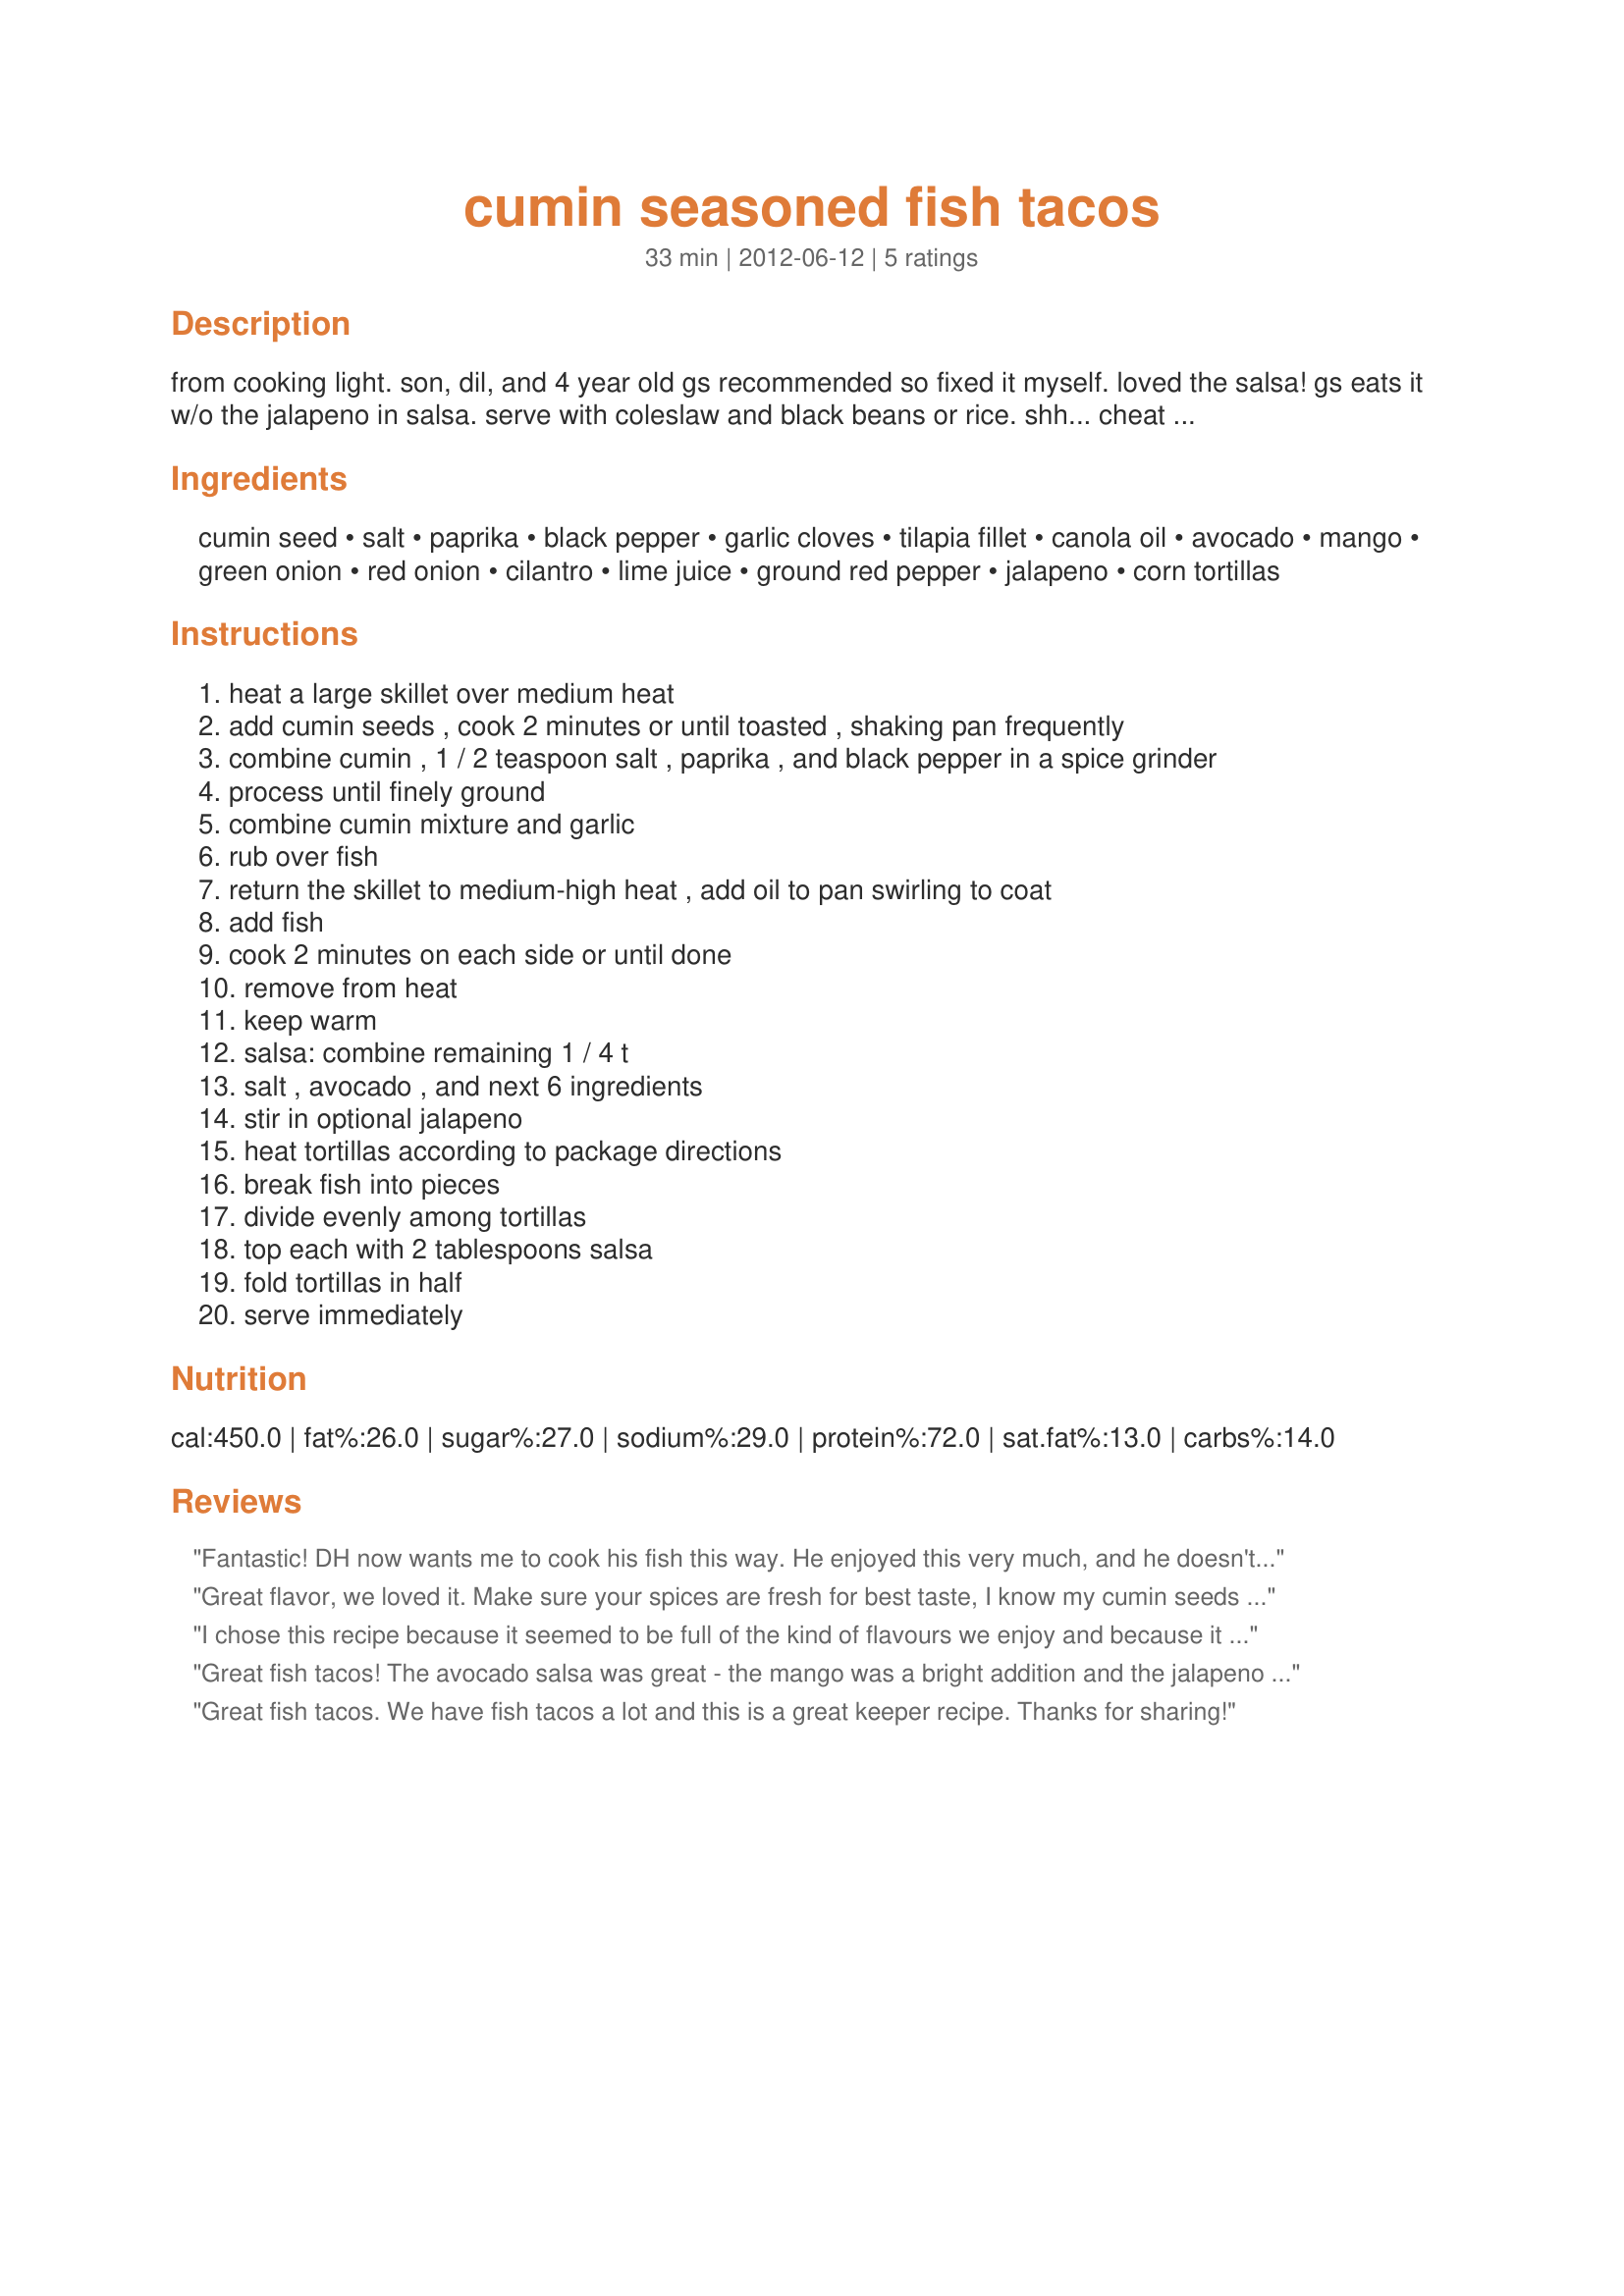
cumin seasoned fish tacos
Preparation time: 33 minutes

from cooking light. son, dil, and 4 year old gs recommended so fixed it myself. loved the salsa! gs eats it w/o the jalapeno in salsa. serve with coleslaw and black beans or rice. shh... cheat and make it with ground cumin and cilantro that comes in a tube. think if you wanted a stronger taste, you could apply rub earlier. might be good on shrimp.

Ingredients:
cumin seed, salt, paprika, black pepper, garlic cloves, tilapia fillet, canola oil, avocado, mango, green onion, red onion, cilantro, lime juice, ground red pepper, jalapeno, corn tortillas

Steps:
heat a large skillet over medium heat
add cumin seeds , cook 2 minutes or until toasted , shaking pan frequently
combine cumin , 1 / 2 teaspoon salt , paprika , and black pepper in a spice grinder
process until finely ground
combine cumin mixture and garlic
rub over fish
return the skillet to medium-high heat , add oil to pan swirling to coat
add fish
cook 2 minutes on each side or until done
remove from heat
keep warm
salsa: combine remaining 1 / 4 t
salt , avocado , and next 6 ingredients
stir in optional jalapeno
heat tortillas according to package directions
break fish into pieces
divide evenly among tortillas
top each with 2 tablespoons salsa
fold tortillas in half
serve immediately

Reviews:
Fantastic! DH now wants me to cook his fish this way. He enjoyed this very much, and he doesn't like avocado. :o . We had 1.3 lb.s of fish, so I heated 2 large pans, each with 2 tbsp. canola oil to prevent crowding. (That was a smart idea.) The fish, by itself, was magnificent. The salsa was very good, too: the avocado and mango help to calm down the cumin on the fish, so the melange was intriguing, I mean very, very tasty. This was so good that I might buy a taco stand so my tortillas will hold their shape as they cool. Made for Please Review My Recipe tag game.
Great flavor, we loved it. Make sure your spices are fresh for best taste, I know my cumin seeds weren&#039;t, I will make it again. Very refreshing, great summer dish! Thanks
I chose this recipe because it seemed to be full of the kind of flavours we enjoy and because it was fast to make and required minimal cooking (it&#039;s 104F here today!). I chose a winner! Doubled the recipe to feed my brood. The cumin comes out strong on the fish, but is subsequently tamed to a lovely hum with the bright salsa. Not only did the tacos taste delicious - they were gorgeous to look at, too! Thanks for a winner.
Great fish tacos! The avocado salsa was great - the mango was a bright addition and the jalapeno I used packed a real punch. Easy to prepare and tasty. Thanks for sharing! Culinary Quest &#039;14
Great fish tacos. We have fish tacos a lot and this is a great keeper recipe. Thanks for sharing!
